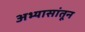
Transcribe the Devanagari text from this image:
अभ्यासांतून